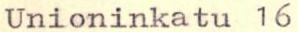
Unioninkatu 16